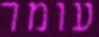
עומר